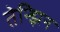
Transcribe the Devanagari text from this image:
तेन्झिन